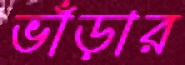
ভাঁড়ার